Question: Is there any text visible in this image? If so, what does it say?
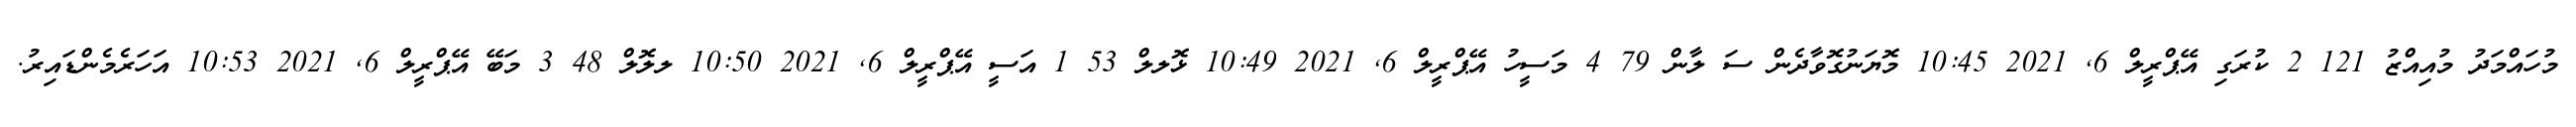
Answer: މުހައްމަދު މުއިއްޒު 121 2 ކުރަގި އޭޕްރީލް 6, 2021 10:45 މޮޔަނުގޮވާދެން ސަ ލާން 79 4 މަސީހު އޭޕްރީލް 6, 2021 10:49 ޅޮލލް 53 1 އަސީ އޭޕްރީލް 6, 2021 10:50 ލލޮލް 48 3 މަބޭ އޭޕްރީލް 6, 2021 10:53 އަހަރެމެންޑައިރު.